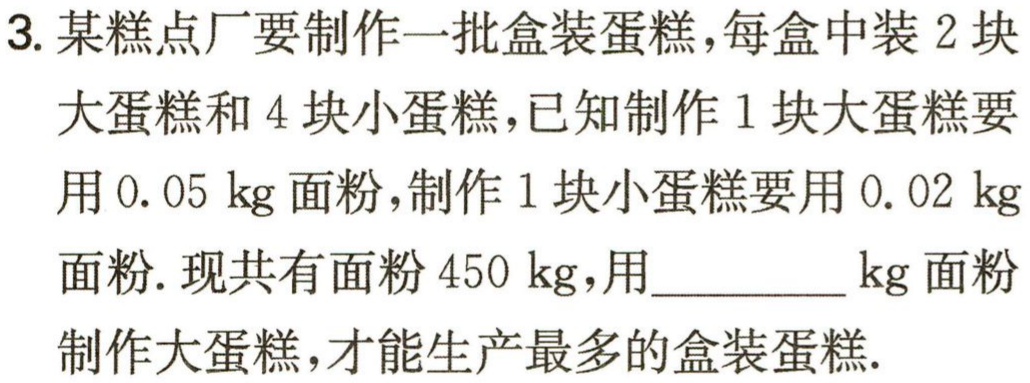
3. 某糕点厂要制作一批盒装蛋糕，每盒中装 2 块大蛋糕和 4 块小蛋糕，已知制作 1 块大蛋糕要用 \(0.05\) kg 面粉，制作 1 块小蛋糕要用 \(0.02\) kg 面粉. 现共有面粉 \(450\) kg，用________ kg 面粉制作大蛋糕，才能生产最多的盒装蛋糕.